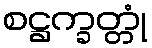
စဋ္ဌက္ခတ္တုံ